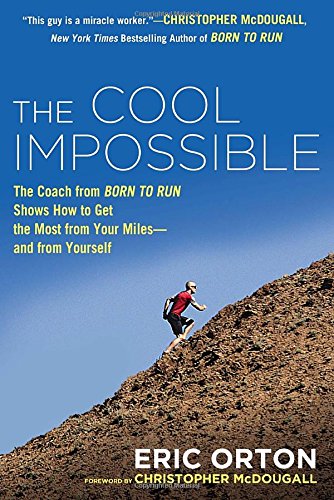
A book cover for The Cool Impossible: The Running Coach from Born to Run Shows How to Get the Most from Your Miles-and  from Yourself; Eric Orton; Health, Fitness & Dieting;